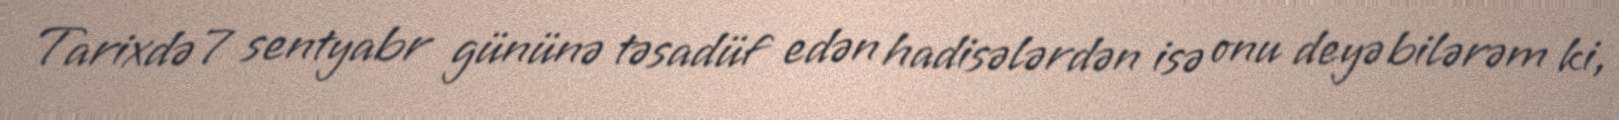
Tarixdə 7 sentyabr gününə təsadüf edən hadisələrdən isə onu deyə bilərəm ki,